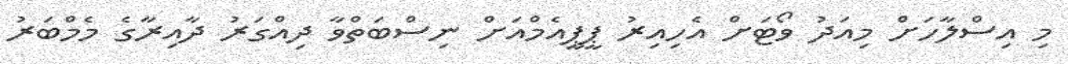
މި އިސްލާހަށް މިއަދު ވޯޓަށް އެެހިއިރު ޕީޕީއެމްއަށް ނިސްބަތްވާ ދިއްގަރު ދާއިރާގެ މެމްބަރު